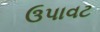
ઉપાવટ